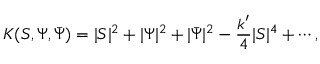
K ( S , \Psi , \bar { \Psi } ) = | S | ^ { 2 } + | \Psi | ^ { 2 } + | \bar { \Psi } | ^ { 2 } - \frac { k ^ { \prime } } { 4 } | S | ^ { 4 } + \cdots ,